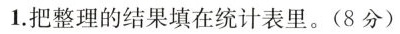
1.把整理的结果填在统计表里。(8分)